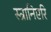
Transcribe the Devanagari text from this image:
स्त्रानिएरि